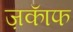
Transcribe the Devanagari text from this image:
ज़काॅफ